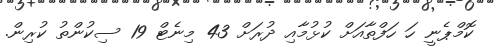
ކޮމްޕެނީ ހަ ހަފްތާއަށް ކުޅުމާއި ދުރަށް 43 މިނެޓް 19 ސިކުންތު ކުރިން.